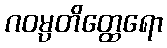
ဂဝမ္ပတိတ္ထေရော